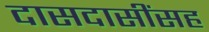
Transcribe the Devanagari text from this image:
दासदासींसह